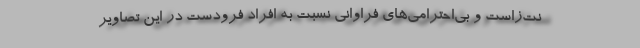
نت‌زاست و بي‌احترامي‌هاي فراواني نسبت به افراد فرودست در اين تصاوير